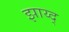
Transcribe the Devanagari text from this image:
झाय्द्